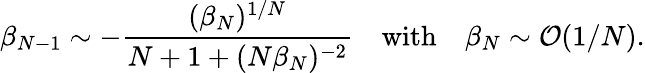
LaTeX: \beta_{N-1}\sim-{\frac{(\beta_{N})^{1/N}}{N+1+(N\beta_{N})^{-2}}}\quad\mathrm{with}\quad\beta_{N}\sim{\cal O}(1/N).